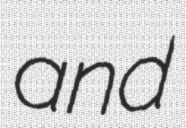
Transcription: and